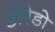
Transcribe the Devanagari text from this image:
डोरेडो